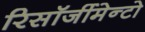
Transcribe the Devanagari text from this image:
रिसॉर्जीमेन्टो